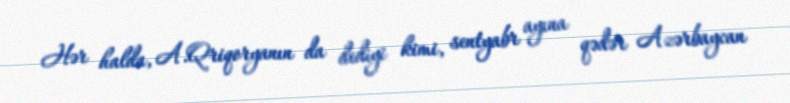
Hər halda, A.Qriqoryanın da dediyi kimi, sentyabr ayına qədər Azərbaycan